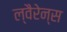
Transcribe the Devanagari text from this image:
ल्वैरेन्स